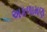
અકળામણ